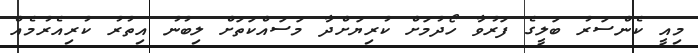
މިއީ ކެންސަރު ބަލީގެ ފަރުވާ ހޯދުމަށް ކުރިޔަށްދާ މަސައްކަތަށް ލިބުނު އިތުރު ކުރިއެރުމެއް